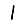
Digit: 1